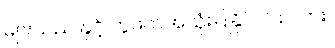
များသည် နှင့် တွဲဖက်အသုံးပြုနိုင်ပါသလား။